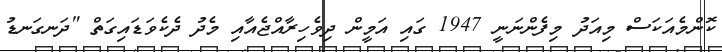
ކޮންމެއަކަސް މިއަދު މިފެންނަނީ 1947 ގައި އަމީން ދިވެހިރާއްޖެއާއި މެދު ދެކެވަޑައިގަތް "ދަނގަނޑު